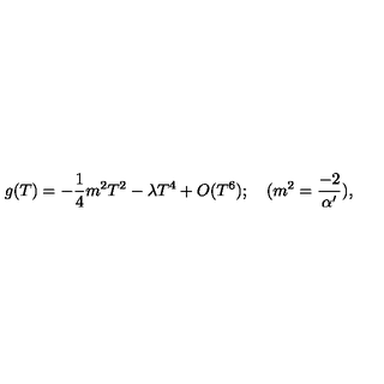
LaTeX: g ( T ) = - { \frac { 1 } { 4 } } { m ^ { 2 } } T ^ { 2 } - { \lambda } T ^ { 4 } + O ( T ^ { 6 } ) ; \quad ( { m ^ { 2 } = { \frac { - 2 } { \alpha ^ { \prime } } } ) } ,